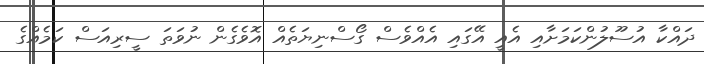
ދައްކާ އުސޫލުންކަމަށާއި އެއީ އޭގައި އެއްވެސް ގޯސްނިޔަތެއް އޮވެގެން ނުވަތަ ސީރިއަސް ކަމެއްގެ